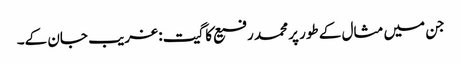
جن میں مثال کے طور پر محمد رفیع کا گیت: غریب جان کے۔